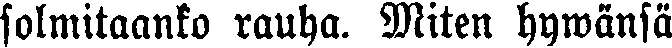
solmitaanko rauha. Miten hywänsä